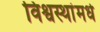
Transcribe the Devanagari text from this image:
विश्वस्थांमधे